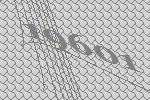
19601